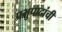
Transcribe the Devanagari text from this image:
प्रभुपादांची